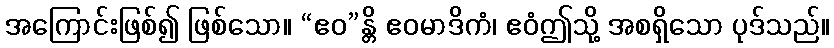
အကြောင်းဖြစ်၍ ဖြစ်သော။ “ဧဝ”န္တိ ဧဝမာဒိကံ၊ ဧဝံဤသို့ အစရှိသော ပုဒ်သည်။